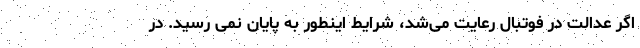
اگر عدالت در فوتبال رعایت می‌شد، شرایط اینطور به پایان نمی رسید. در